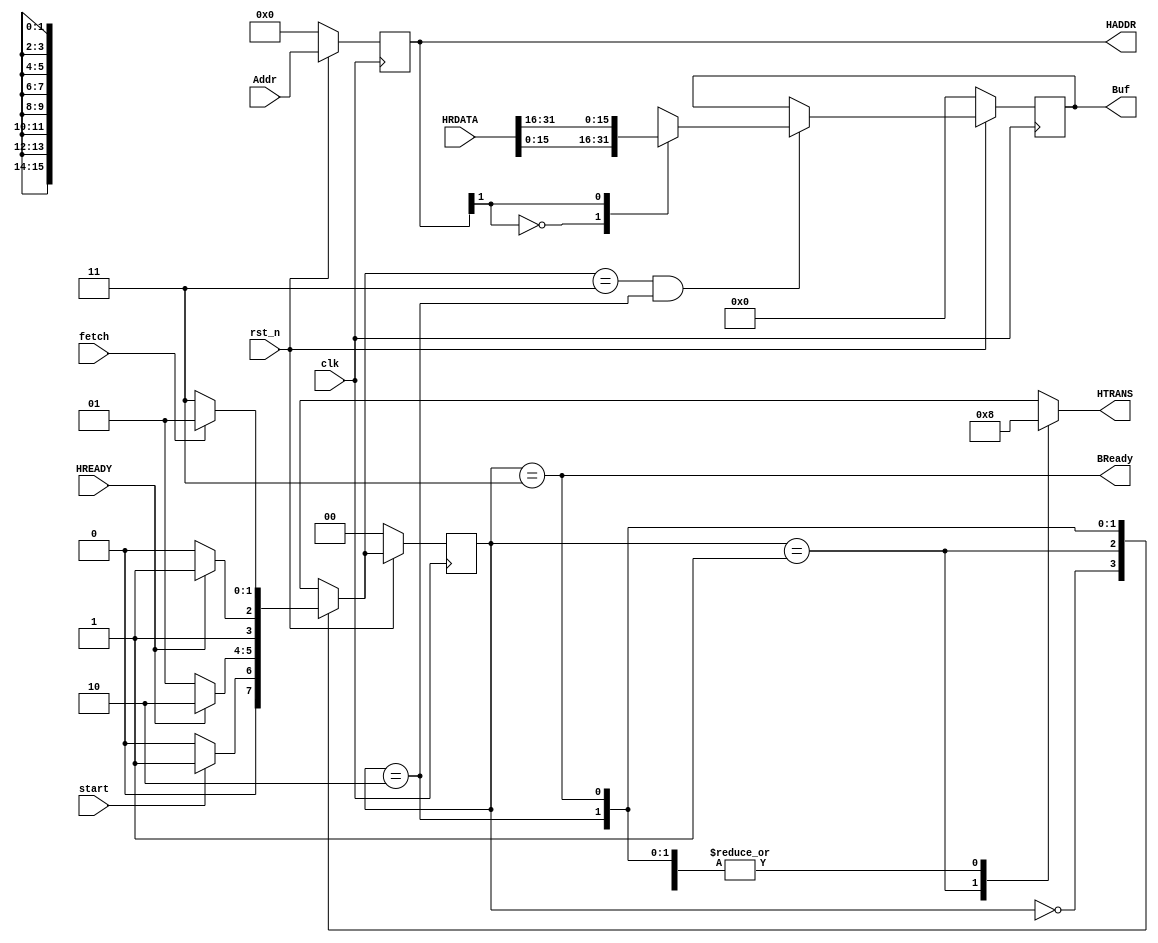
module BDMA(input wire clk,rst_n,start,fetch,
            input wire[31:0] Addr,
            input wire HREADY,
            input wire[31:0] HRDATA,
            output wire BReady,
            output reg[1:0] HTRANS,
            output reg[15:0] Buf,
            output reg[31:0] HADDR);

    parameter S0        = 2'b00;
    parameter AddrPhase = 2'b01;
    parameter DataPhase = 2'b10;
    parameter ready     = 2'b11;

    reg[1:0] curr_state,next_state;

    always @(posedge clk) begin
        if(!rst_n)begin
            curr_state <= S0;
            Buf <= 16'b0;
            HADDR <= 32'b0;
        end
        else begin
            curr_state <= next_state;
            HADDR <= Addr;
            if((next_state == ready)&(curr_state == DataPhase))begin
                case(HADDR[1])
                    1'b0: Buf <= HRDATA[15:0];
                    1'b1: Buf <= HRDATA[31:16];
                    default: Buf <= HRDATA[15:0];
                endcase
            end
        end
    end

    always @(*) begin
        case(curr_state)
            S0:begin
                if(start)begin
                    next_state = AddrPhase;
                    HTRANS = 2'b00;
                end
                else begin
                    next_state = S0;
                    HTRANS = 2'b00;
                end
            end
            AddrPhase:begin
                if(HREADY)begin
                    next_state = DataPhase;
                    HTRANS = 2'b10;
                end
                else begin
                    next_state = AddrPhase;
                    HTRANS = 2'b10;
                end
            end
            DataPhase:begin
                if(HREADY)begin
                    next_state = ready;
                    HTRANS = 2'b00;
                end
                else begin
                    next_state = DataPhase;
                    HTRANS = 2'b00;
                end
            end
            ready:begin
                if(fetch)begin
                    next_state = AddrPhase;
                    HTRANS = 2'b00;
                end
                else begin
                    next_state = ready;
                    HTRANS = 2'b00;
                end
            end
            default:begin
                next_state = S0;
                HTRANS = 2'b00;
            end
        endcase
    end

    assign BReady = (curr_state == ready);

endmodule